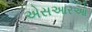
એસઆરઓ